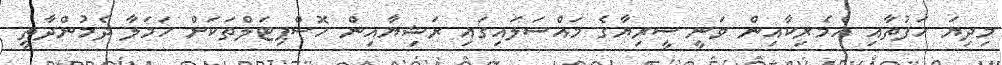
މިދިޔަ ހަފުތާއި އެމެރިކާއިން ވަނީ ސީރިޔާގެ މައްސަލައިގައި ރަޝިޔާއިން ހޮސްޕިޓަލްތަކަށް ހަމަލާ ދެމުންދާތީ